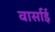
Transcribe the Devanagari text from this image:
वार्साई